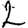
Digit: 2